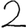
Digit: 2